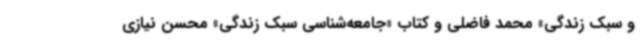
و سبک زندگی» محمد فاضلی و کتاب «جامعه‌شناسی سبک زندگی» محسن نیازی